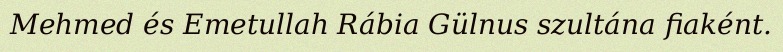
Mehmed és Emetullah Rábia Gülnus szultána fiaként.